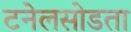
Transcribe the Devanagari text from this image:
टनेलसोडता